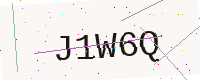
Text: J1W6Q